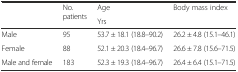
<table><thead><tr><td rowspan="2"></td><td rowspan="2"><b>No. patients</b></td><td><b>Age</b></td><td rowspan="2"><b>Body mass index</b></td></tr><tr><td><b>Yrs</b></td></tr></thead><tbody><tr><td>Male</td><td>95</td><td>53.7 ± 18.1 (18.8–90.2)</td><td>26.2 ± 4.8 (15.1–46.1)</td></tr><tr><td>Female</td><td>88</td><td>52.1 ± 20.3 (18.4–96.7)</td><td>26.6 ± 7.8 (15.6–71.5)</td></tr><tr><td>Male and female</td><td>183</td><td>52.3 ± 19.3 (18.4–96.7)</td><td>26.4 ± 6.4 (15.1–71.5)</td></tr></tbody></table>